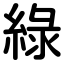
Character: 綠